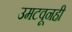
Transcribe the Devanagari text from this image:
उमटवूनही